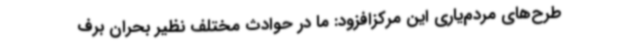
طرح‌های مردم‌یاری این مرکزافزود: ما در حوادث مختلف نظیر بحران‌ برف